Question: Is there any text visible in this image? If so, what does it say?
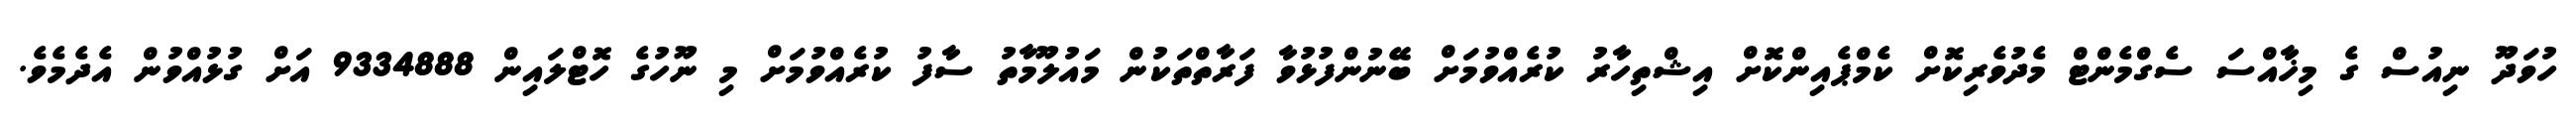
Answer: ހުވަދޫ ނިއުސް ގެ މިޚާއްސަ ސެގްމެންޓް މެދުވެރިކޮށް ކެމްޕެއިންކޮށް އިޝްތިހާރު ކުރެއްވުމަށް ބޭނުންފުޅުވާ ފަރާތްތަކުން މައުލޫމާތު ސާފު ކުރެއްވުމަށް މި ނޫހުގެ ހޮޓްލައިން 9334888 އަށް ގުޅުއްވުން އެދެމެވެ.